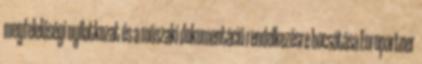
megfelelőségi nyilatkozat és a műszaki dokumentáció rendelkezésre bocsátása Europartner